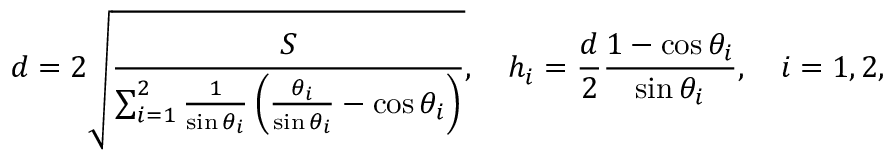
d = 2 \sqrt { \frac { S } { \sum _ { i = 1 } ^ { 2 } \frac { 1 } { \sin \theta _ { i } } \left( \frac { \theta _ { i } } { \sin \theta _ { i } } - \cos \theta _ { i } \right) } } , \quad h _ { i } = \frac { d } { 2 } \frac { 1 - \cos \theta _ { i } } { \sin \theta _ { i } } , \quad i = 1 , 2 ,